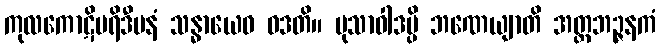
ကုလကောဋိပရိဒီပနံ သန္ဓာယေဝ ဝဒတိ။ မုသာဝါဒမ္ပိ ဘဏေယျာတိ အတ္ထဘဉ္ဇနကံ